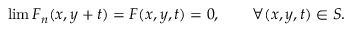
\operatorname* { l i m } F _ { n } ( x , y + t ) = F ( x , y , t ) = 0 , \quad \quad \forall ( x , y , t ) \in S .